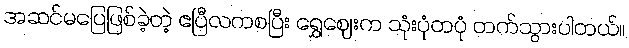
အဆင်မပြေဖြစ်ခဲ့တဲ့ ဧပြီလကစပြီး ရွှေဈေးက သုံးပုံတပုံ တက်သွားပါတယ်။